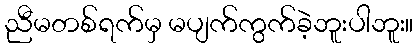
ညီမတစ်ရက်မှ မပျက်ကွက်ခဲ့ဘူးပါဘူး။